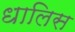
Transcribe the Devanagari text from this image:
धालिस